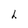
Character: h